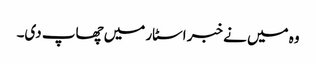
وہ میں نے خبر اسٹار میں چھاپ دی۔